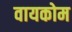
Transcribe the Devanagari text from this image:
वायकोम